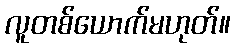
လူတစ်ယောက်မဟုတ်။